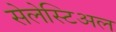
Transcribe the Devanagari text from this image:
सेलेस्टिअल